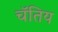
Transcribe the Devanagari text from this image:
चॅतिय